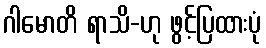
ဂါမောတိ ရာသိ-ဟု ဖွင့်ပြထားပုံ